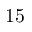
1 5